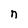
Character: n